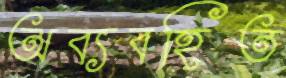
অব্যবহিত